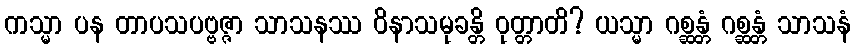
ကသ္မာ ပန တာပသပဗ္ဗဇ္ဇာ သာသနဿ ဝိနာသမုခန္တိ ဝုတ္တာတိ? ယသ္မာ ဂစ္ဆန္တံ ဂစ္ဆန္တံ သာသနံ